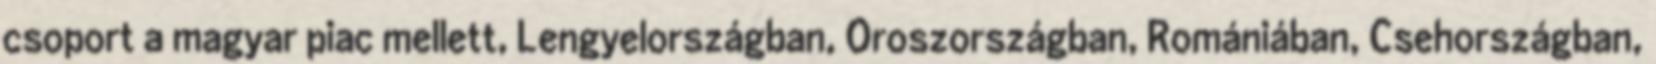
csoport a magyar piac mellett, Lengyelországban, Oroszországban, Romániában, Csehországban,